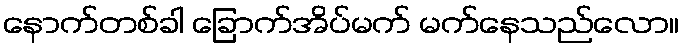
နောက်တစ်ခါ ခြောက်အိပ်မက် မက်နေသည်လော။